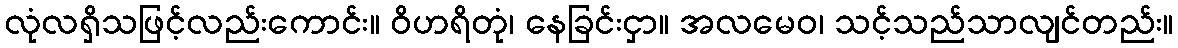
လုံလရှိသဖြင့်လည်းကောင်း။ ဝိဟရိတုံ၊ နေခြင်းငှာ။ အလမေဝ၊ သင့်သည်သာလျင်တည်း။